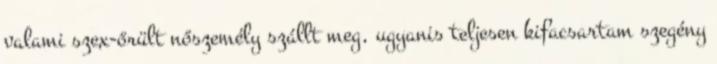
valami szex-őrült nőszemély szállt meg, ugyanis teljesen kifacsartam szegény